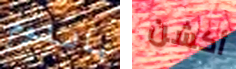
باللوم أكشن